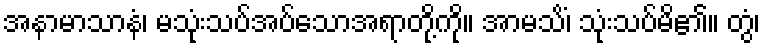
အနာမာသာနံ၊ မသုံးသပ်အပ်သောအရာတို့ကို။ အာမသိံ၊ သုံးသပ်မိ၏။ တွံ၊